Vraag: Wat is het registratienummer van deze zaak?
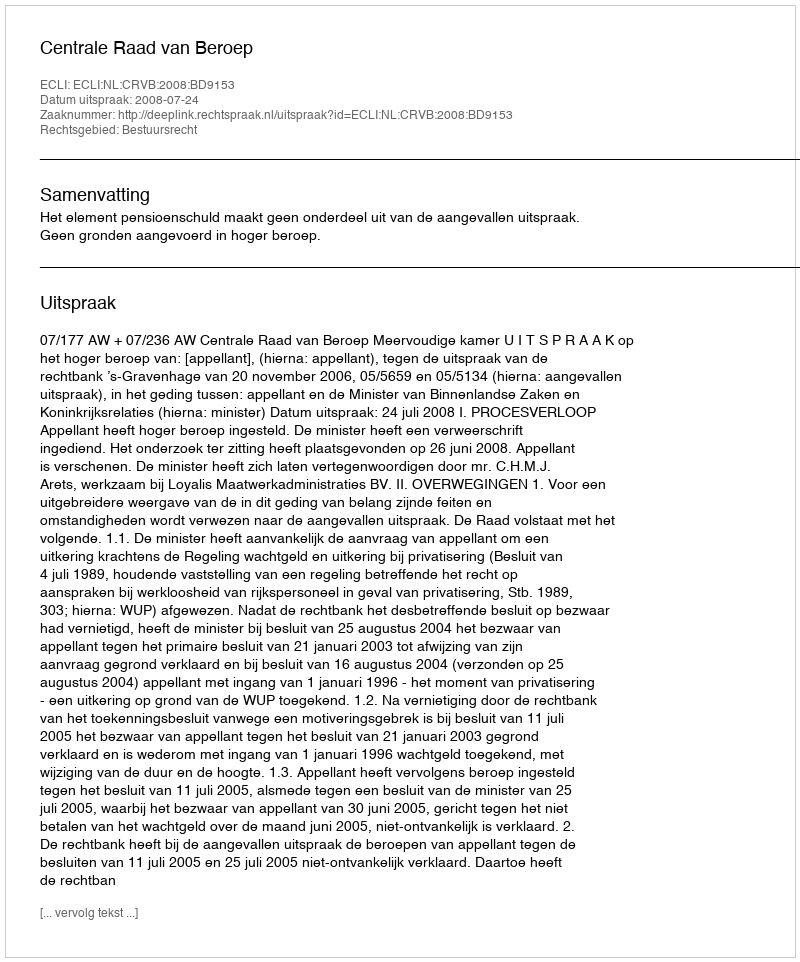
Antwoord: http://deeplink.rechtspraak.nl/uitspraak?id=ECLI:NL:CRVB:2008:BD9153